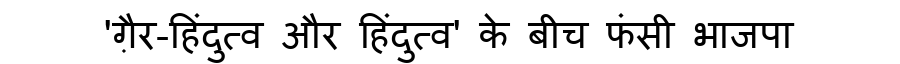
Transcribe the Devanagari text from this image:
'ग़ैर-हिंदुत्व और हिंदुत्व' के बीच फंसी भाजपा